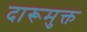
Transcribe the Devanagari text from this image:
दारूमुक्त